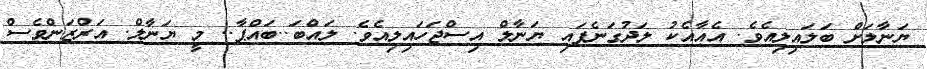
ޔަނާލަށް ބަލައިލިއެވެ. އެއާއެކު ލަދުގަނެފައި ޔަނާލް އިސްޖަހައިލިއެވެ. ލައްބަ..ބައްޕާ.. މީ ޔަނާލް. އަރްޒަންވެސް